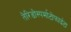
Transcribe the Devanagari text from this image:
तेरिडोस्पर्माटोफाईटा